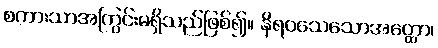
စကားသာအကြွင်းမရှိသည်ဖြစ်၍။ နိရဝသေသောအတ္ထော၊